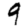
Digit: 9